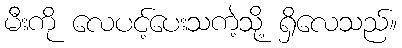
မီးကို လေပင့်ပေးသကဲ့သို့ ရှိလေသည်။